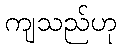
ကျသည်ဟု